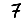
Digit: 7